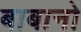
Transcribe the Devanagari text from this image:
बाबानो